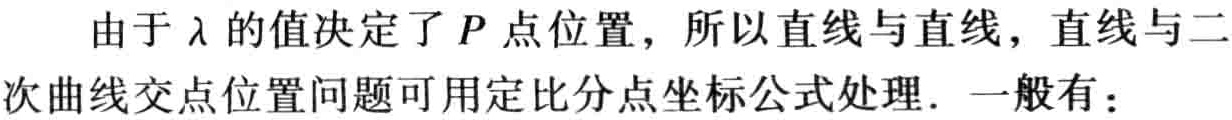
由于\(\lambda\)的值决定了\(P\)点位置，所以直线与直线，直线与二次曲线交点位置问题可用定比分点坐标公式处理. 一般有：